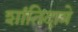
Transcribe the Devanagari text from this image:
शांतिदात्रे